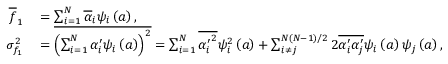
\begin{array} { r l } { \overline { { f } } _ { 1 } } & { { } = \sum _ { i = 1 } ^ { N } \overline { { \alpha } } _ { i } \psi _ { i } \left( \boldsymbol { a } \right) , } \\ { \sigma _ { f _ { 1 } } ^ { 2 } } & { { } = \overline { { \left( \sum _ { i = 1 } ^ { N } \alpha _ { i } ^ { \prime } \psi _ { i } \left( \boldsymbol { a } \right) \right) ^ { 2 } } } = \sum _ { i = 1 } ^ { N } \overline { { { \alpha _ { i } ^ { \prime } } ^ { 2 } } } \psi _ { i } ^ { 2 } \left( \boldsymbol { a } \right) + \sum _ { i \neq j } ^ { N ( N - 1 ) / 2 } 2 \overline { { \alpha _ { i } ^ { \prime } \alpha _ { j } ^ { \prime } } } \psi _ { i } \left( \boldsymbol { a } \right) \psi _ { j } \left( \boldsymbol { a } \right) , } \end{array}